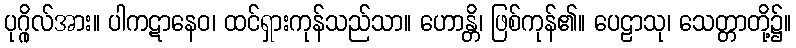
ပုဂ္ဂိုလ်အား။ ပါကဋာနေဝ၊ ထင်ရှားကုန်သည်သာ။ ဟောန္တိ၊ ဖြစ်ကုန်၏။ ပေဠာသု၊ သေတ္တာတို့၌။